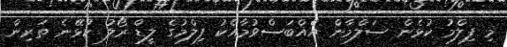
މި ފިލްމު ކުޅެން ސަލްމާން އެއްބަސްވުމާއެކު ފިލްމުގެ ލީޑް ރޯލު ކުޅޭނެ ތަރިން